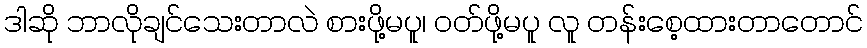
ဒါဆို ဘာလိုချင်သေးတာလဲ စားဖို့မပူ၊ ဝတ်ဖို့မပူ လူ တန်းစေ့ထားတာတောင်